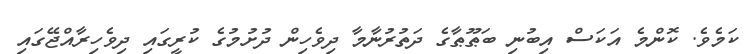
ކަމެވެ. ކޮންމެ އަކަސް އިބުނި ބަޠޫޠާގެ ދަތުރުނާމާ ދިވެހިން ދުށުމުގެ ކުރީގައި ދިވެހިރާއްޖޭގައި